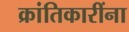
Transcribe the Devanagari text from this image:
क्रांतिकारींना